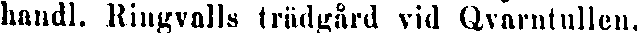
handl. Ringvalls trädgård vid Qvarntullen.